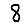
Digit: 8